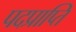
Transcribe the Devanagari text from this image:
पदप्राप्ति